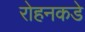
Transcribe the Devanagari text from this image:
रोहनकडे